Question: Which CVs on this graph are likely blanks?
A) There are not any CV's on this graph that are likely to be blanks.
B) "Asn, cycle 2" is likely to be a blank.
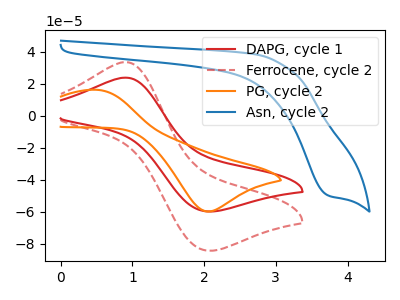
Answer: <think>The red curve "DAPG, cycle 1" has an anodic peak at (0.90V, 23.70uA) and a cathodic peak at (2.05V, -59.75uA). The red dashed curve "Ferrocene, cycle 2" has an anodic peak at (0.90V, 33.40uA) and a cathodic peak at (2.05V, -84.20uA). The orange curve "PG, cycle 2" has an anodic peak at (0.50V, 16.10uA) and a cathodic peak at (2.05V, -59.80uA). The blue curve "Asn, cycle 2" has a cathodic peak at: (3.75V, -49.90uA).</think>
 <answer>A) There are not any CV's on this graph that are likely to be blanks.</answer>
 <eval>A</eval>